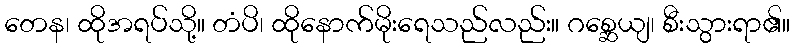
တေန၊ ထိုအရပ်သို့။ တံပိ၊ ထိုနောက်မိုးရေသည်လည်း။ ဂစ္ဆေယျ၊ စီးသွားရာ၏။